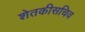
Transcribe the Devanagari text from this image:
शेतकीसचिव